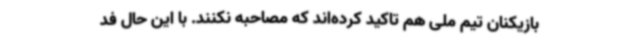
بازیکنان تیم ملی هم تاکید کرده‌اند که مصاحبه نکنند. با این حال فد